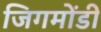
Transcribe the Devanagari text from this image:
जिगमोंडी